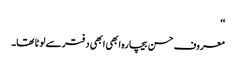
‘‘
معروف حسن بیچارہ ابھی ابھی دفتر سے لوٹا تھا۔